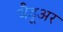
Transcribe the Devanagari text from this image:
बैडूअर